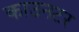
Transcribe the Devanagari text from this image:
काउनटर